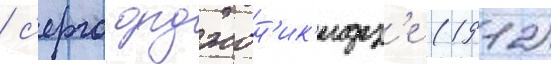
/ с'ерго орджон'ик'идз'е (1912)